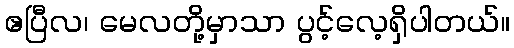
ဧပြီလ၊ မေလတို့မှာသာ ပွင့်လေ့ရှိပါတယ်။